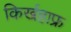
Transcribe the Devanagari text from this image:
किर्खहाफ्र